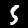
Label: 5